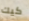
كيك